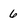
Character: 6